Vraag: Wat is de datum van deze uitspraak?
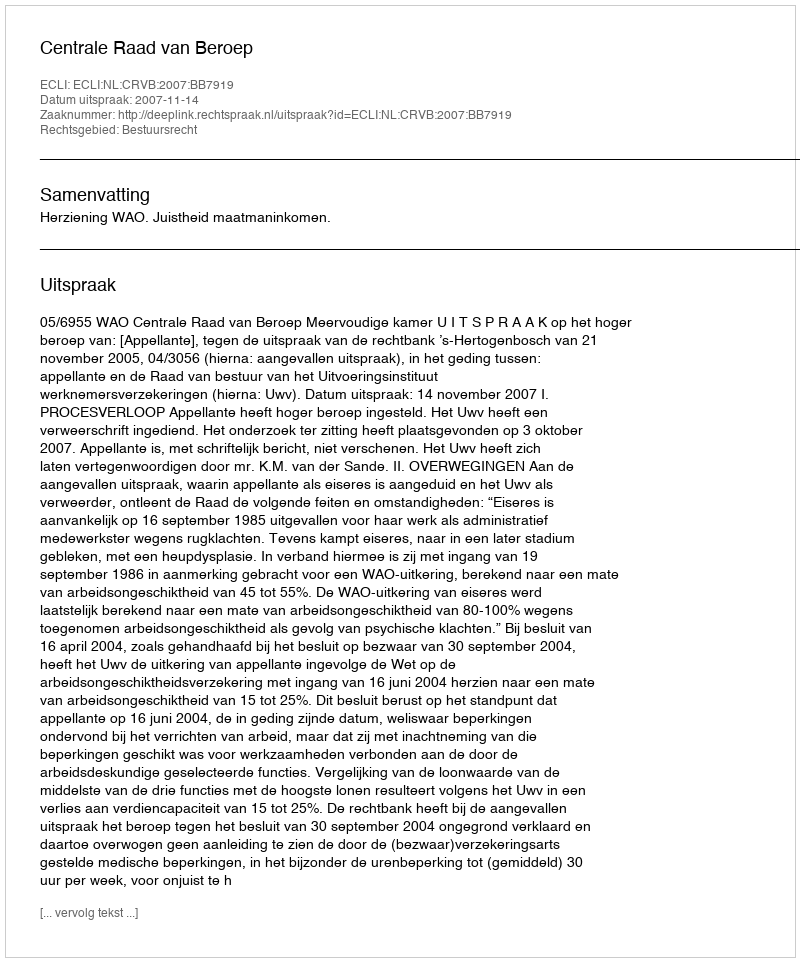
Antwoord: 2007-11-14